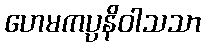
ဟေမကပ္ပနိဝါသသာ